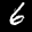
Label: 6